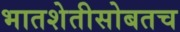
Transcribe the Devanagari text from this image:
भातशेतीसोबतच